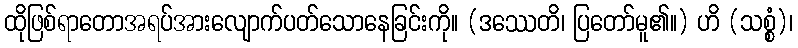
ထိုဖြစ်ရာတောအရပ်အားလျောက်ပတ်သောနေခြင်းကို။ (ဒဿေတိ၊ ပြတော်မူ၏။) ဟိ (သစ္စံ)၊